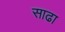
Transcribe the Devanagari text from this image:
साढा